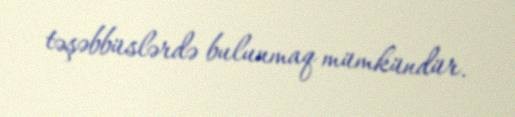
təşəbbüslərdə bulunmaq mümkündür.